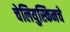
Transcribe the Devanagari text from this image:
चेलियुस्किनचे